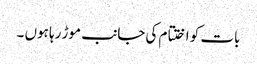
بات کو اختتام کی جانب موڑ رہا ہوں ۔